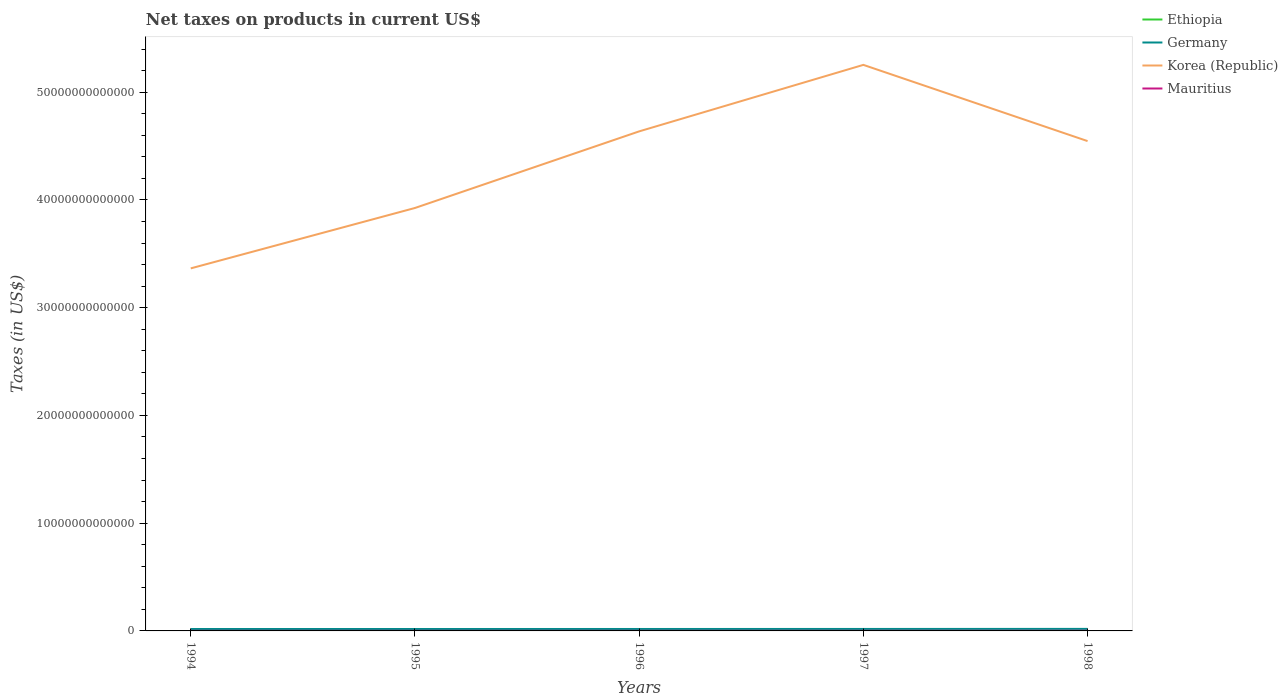
| Years | Ethiopia | Germany | Korea (Republic) | Mauritius |
 | --- | --- | --- | --- | --- |
 | 1994 | 2.13e+09 | 1.78e+11 | 3.37e+13 | 8.18e+09 |
 | 1995 | 2.71e+09 | 1.78e+11 | 3.93e+13 | 7.99e+09 |
 | 1996 | 3.12e+09 | 1.8e+11 | 4.64e+13 | 8.77e+09 |
 | 1997 | 3.57e+09 | 1.82e+11 | 5.25e+13 | 1.05e+10 |
 | 1998 | 3.51e+09 | 1.89e+11 | 4.55e+13 | 1.22e+10 |